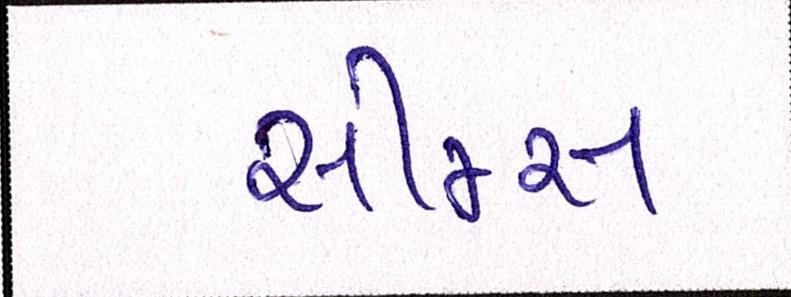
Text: સીમ્સ